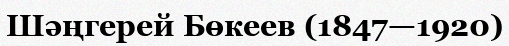
Шәңгерей Бөкеев (1847—1920)